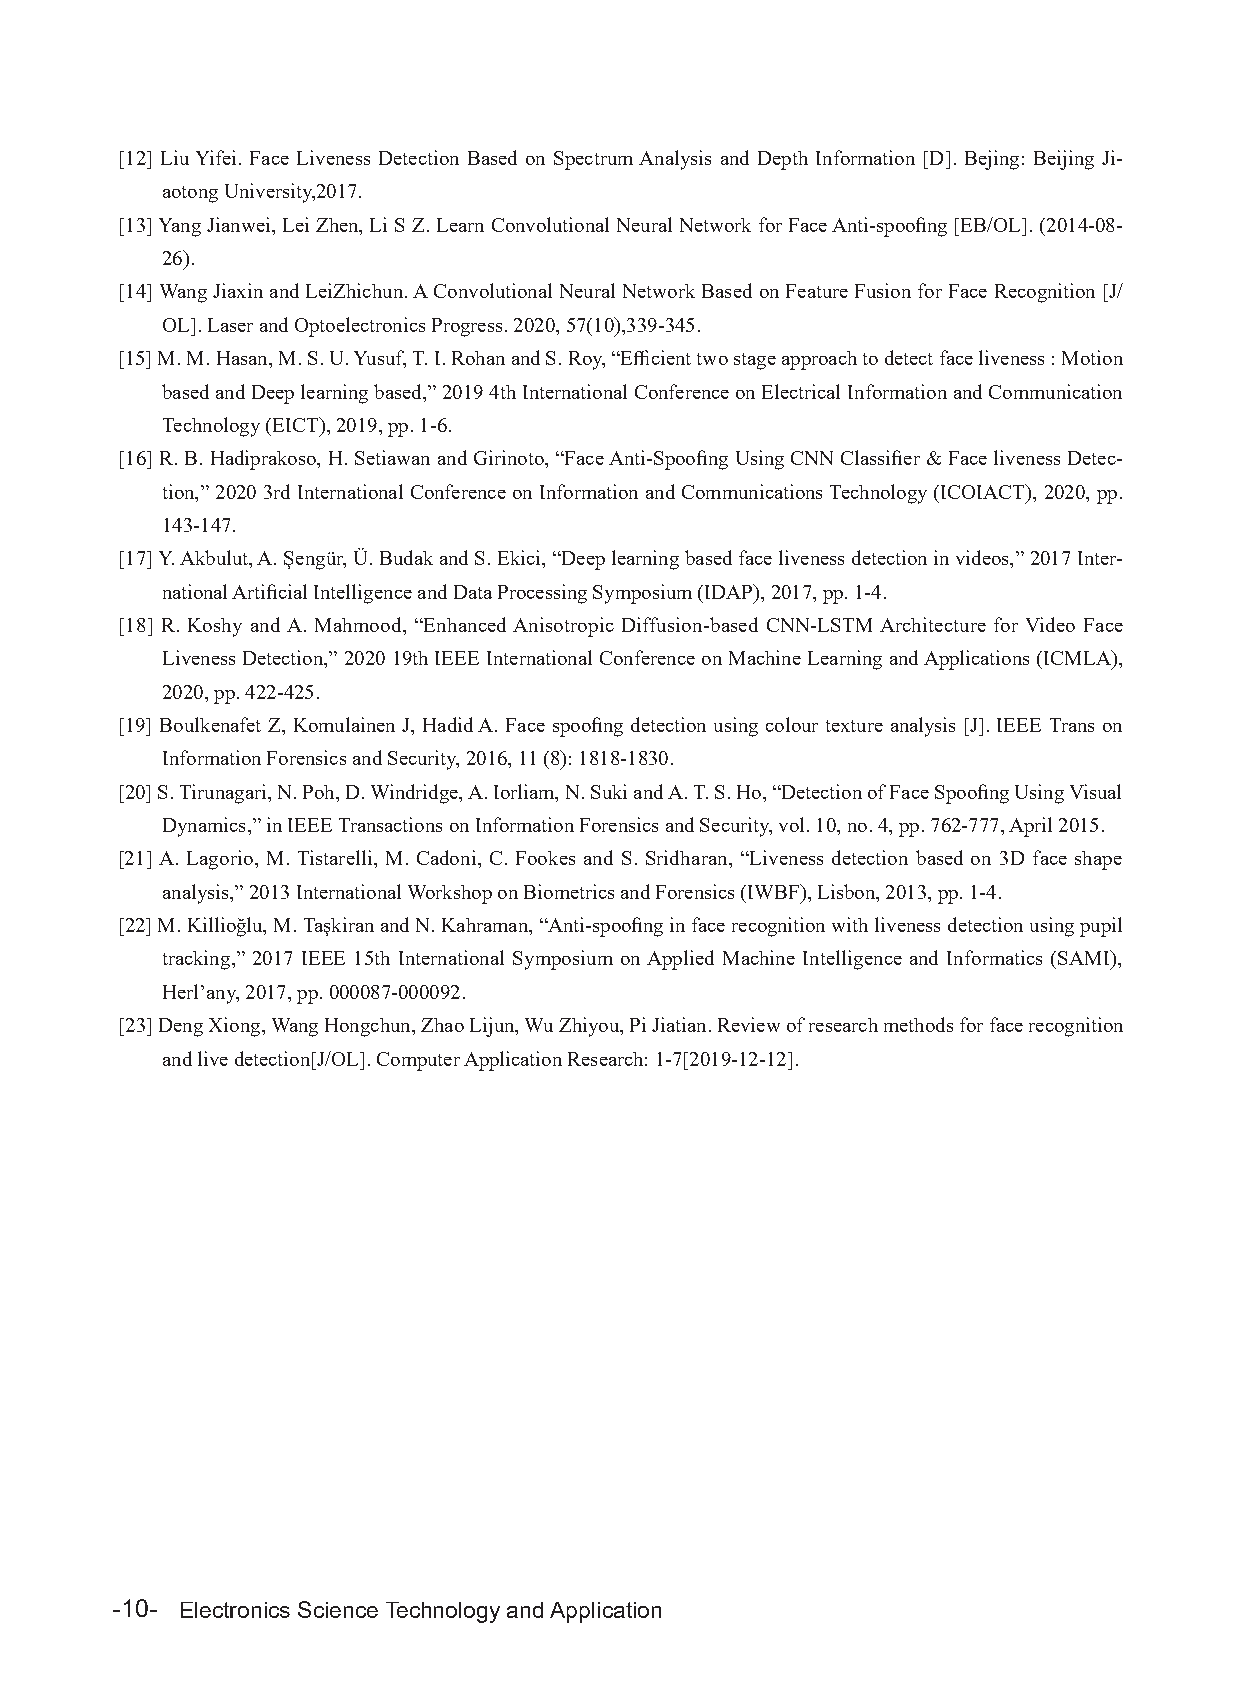
[12] Liu Yifei. Face Liveness Detection Based on Spectrum Analysis and Depth Information [D]. Bejing: Beijing Ji-
 aotong University,2017.
 [13] Yang Jianwei, Lei Zhen, Li S Z. Learn Convolutional Neural Network for Face Anti-spoofing [EB/OL]. (2014-08-
 26).
 [14] Wang Jiaxin and LeiZhichun. A Convolutional Neural Network Based on Feature Fusion for Face Recognition [J/
 OL]. Laser and Optoelectronics Progress. 2020, 57(10),339-345.
 [15] M. M. Hasan, M. S. U. Yusuf, T. I. Rohan and S. Roy, “Efficient two stage approach to detect face liveness : Motion
 based and Deep learning based,” 2019 4th International Conference on Electrical Information and Communication
 Technology (EICT), 2019, pp. 1-6.
 [16] R. B. Hadiprakoso, H. Setiawan and Girinoto, “Face Anti-Spoofing Using CNN Classifier & Face liveness Detec-
 tion,” 2020 3rd International Conference on Information and Communications Technology (ICOIACT), 2020, pp.
 143-147.
 [17] Y. Akbulut, A. Şengür, Ü. Budak and S. Ekici, “Deep learning based face liveness detection in videos,” 2017 Inter-
 national Artificial Intelligence and Data Processing Symposium (IDAP), 2017, pp. 1-4.
 [18] R. Koshy and A. Mahmood, “Enhanced Anisotropic Diffusion-based CNN-LSTM Architecture for Video Face
 Liveness Detection,” 2020 19th IEEE International Conference on Machine Learning and Applications (ICMLA),
 2020, pp. 422-425.
 [19] Boulkenafet Z, Komulainen J, Hadid A. Face spoofing detection using colour texture analysis [J]. IEEE Trans on
 Information Forensics and Security, 2016, 11 (8): 1818-1830.
 [20] S. Tirunagari, N. Poh, D. Windridge, A. Iorliam, N. Suki and A. T. S. Ho, “Detection of Face Spoofing Using Visual
 Dynamics,” in IEEE Transactions on Information Forensics and Security, vol. 10, no. 4, pp. 762-777, April 2015.
 [21] A. Lagorio, M. Tistarelli, M. Cadoni, C. Fookes and S. Sridharan, “Liveness detection based on 3D face shape
 analysis,” 2013 International Workshop on Biometrics and Forensics (IWBF), Lisbon, 2013, pp. 1-4.
 [22] M. Killioğlu, M. Taşkiran and N. Kahraman, “Anti-spoofing in face recognition with liveness detection using pupil
 tracking,” 2017 IEEE 15th International Symposium on Applied Machine Intelligence and Informatics (SAMI),
 Herl’any, 2017, pp. 000087-000092.
 [23] Deng Xiong, Wang Hongchun, Zhao Lijun, Wu Zhiyou, Pi Jiatian. Review of research methods for face recognition
 and live detection[J/OL]. Computer Application Research: 1-7[2019-12-12].
 -10- Electronics Science Technology and Application